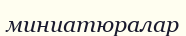
миниатюралар